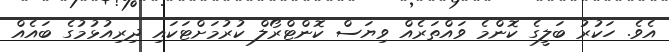
އެވެ. ހަކުރު ބަލީގެ ކޮންމެ ވައްތަރެއް ވިޔަސް ކޮންޓްރޯލް ކުރުމަށްޓަކައި ދިރިއުޅުމުގެ ބައެއް